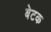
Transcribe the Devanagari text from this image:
बेटक